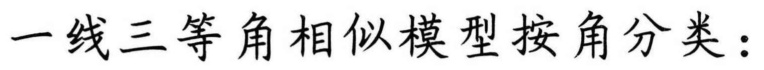
一线三等角相似模型按角分类：